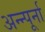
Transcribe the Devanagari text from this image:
अन्न्पूर्ना